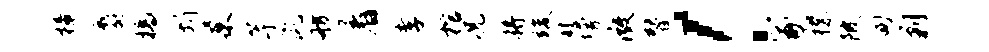
樟麝槁圻巢芋彘舫着孝棺况将竣秫墁微替！冢襟陂甸剿